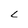
Character: L